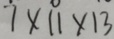
7 \times 1 1 \times 1 3